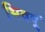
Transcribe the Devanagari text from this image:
भिववूं